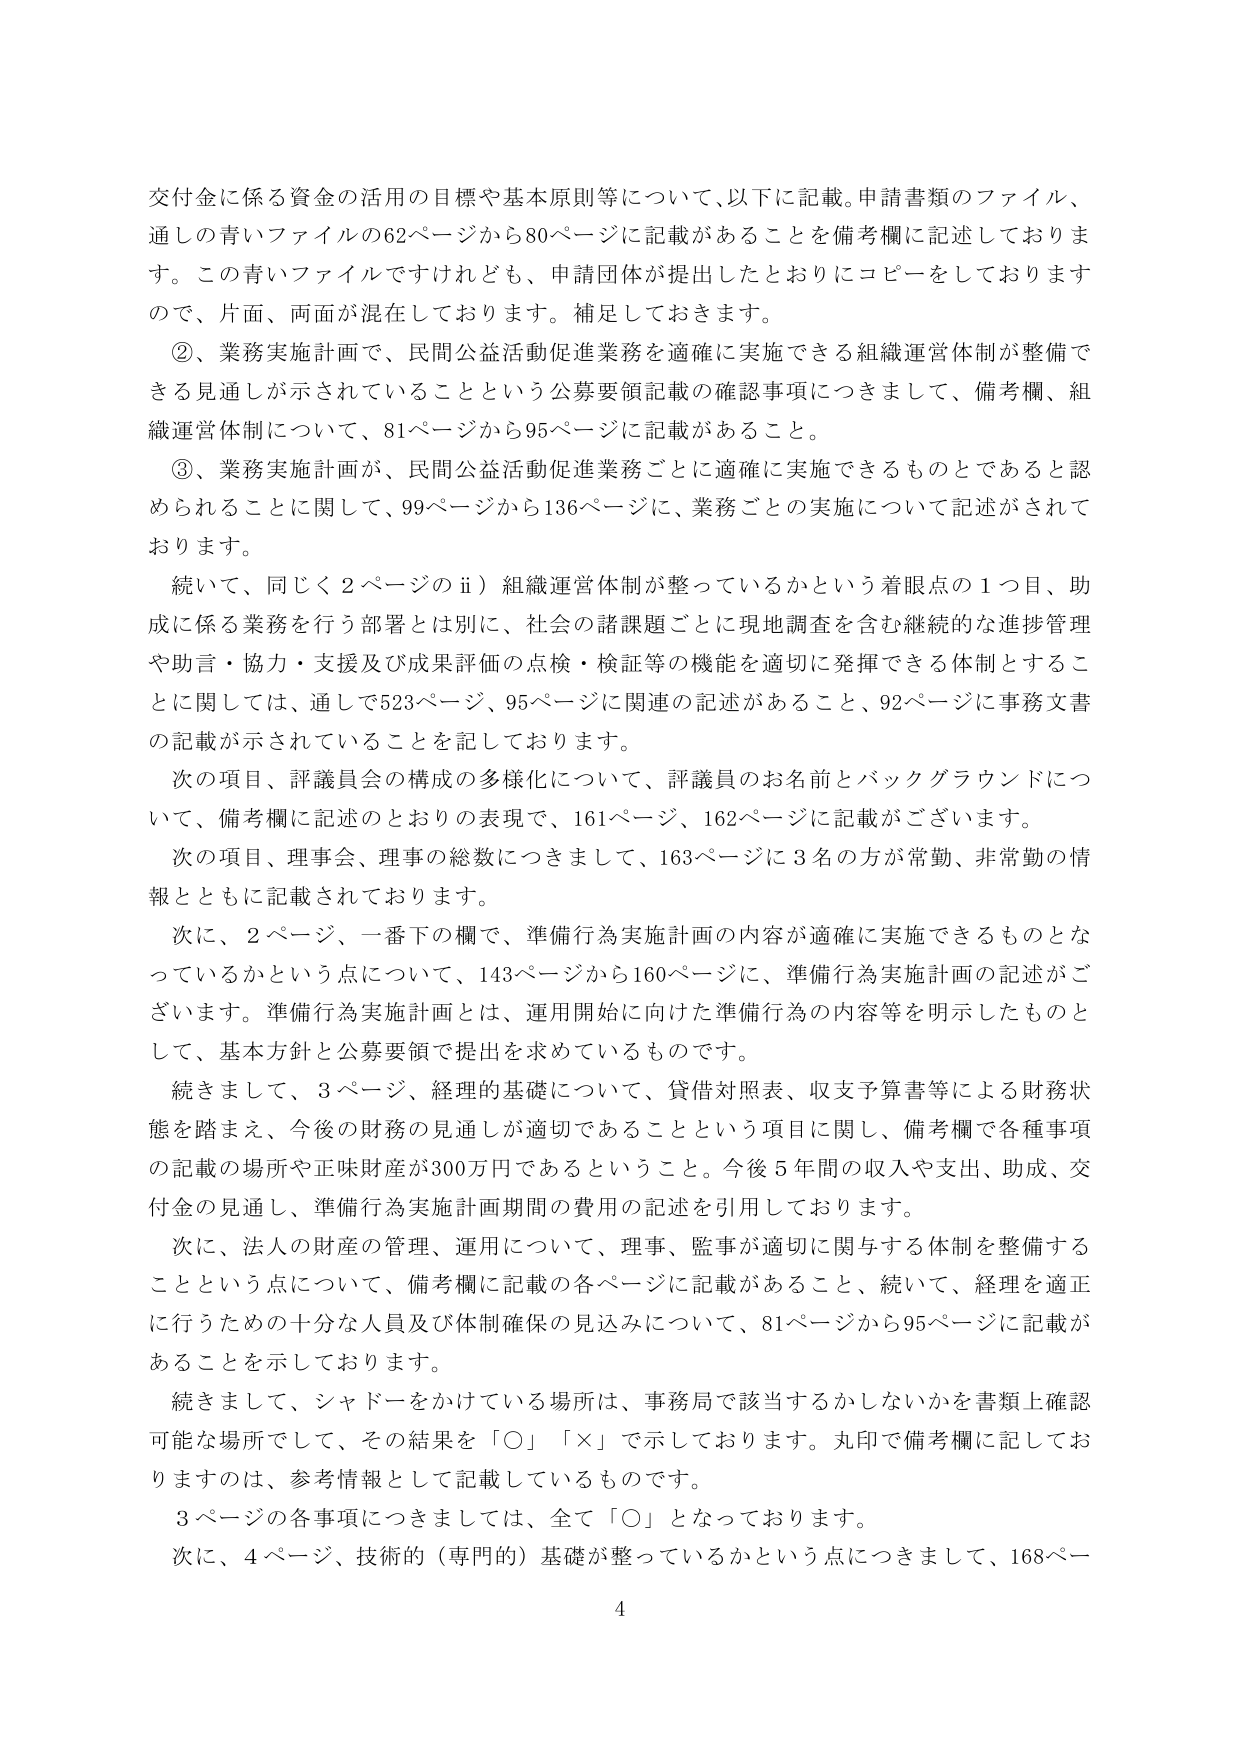
交付金に係る資金の活用の目標や基本原則等について、以下に記載。申請書類のファイル、通しの青いファイルの62ページから80ページに記載があることを備考欄に記述しております。この青いファイルですけれども、申請団体が提出したとおりにコピーをしておりますので、片面、両面が混在しております。補足しておきます。

②、業務実施計画で、民間公益活動促進業務を適確に実施できる組織運営体制が整備できる見通しが示されていることという公募要領記載の確認事項につきまして、備考欄、組織運営体制について、81ページから95ページに記載があること。

③、業務実施計画が、民間公益活動促進業務ごとに適確に実施できるものであると認められることに関して、99ページから136ページに、業務ごとの実施について記述がされております。

続いて、同じく2ページのⅱ）組織運営体制が整っているかという着眼点の1つ目、助成に係る業務を行う部署とは別に、社会の諸課題ごとに現地調査を含む継続的な進捗管理や助言・協力・支援及び成果評価の点検・検証等の機能を適切に発揮できる体制とすることに関しては、通しで523ページ、95ページに関連の記述があること、92ページに事務文書の記載が示されていることを記しております。

次の項目、評議員会の構成の多様化について、評議員のお名前とバックグラウンドについて、備考欄に記述のとおりの表現で、161ページ、162ページに記載がございます。

次の項目、理事会、理事の総数につきまして、163ページに3名の方が常勤、非常勤の情報とともに記載されております。

次に、2ページ、一番下の欄で、準備行為実施計画の内容が適確に実施できるものとなっているかという点について、143ページから160ページに、準備行為実施計画の記述がございます。準備行為実施計画とは、運用開始に向けた準備行為の内容等を明示したものとして、基本方針と公募要領で提出を求めているものです。

続きまして、3ページ、経理的基礎について、貸借対照表、収支予算書等による財務状態を踏まえ、今後の財務の見通しが適切であることという項目に関し、備考欄で各種事項の記載の場所や正味財産が300万円であるということ。今後5年間の収入や支出、助成、交付金の見通し、準備行為実施計画期間の費用の記述を引用しております。

次に、法人の財産の管理、運用について、理事、監事が適切に関与する体制を整備することという点について、備考欄に記載の各ページに記載があること、続いて、経理を適正に行うための十分な人員及び体制確保の見込みについて、81ページから95ページに記載があることを示しております。

続きまして、シャドーをかけている場所は、事務局で該当するかしないかを書類上確認可能な場所として、その結果を「○」「×」で示しております。丸印で備考欄に記しておるものは、参考情報として記載しているものです。

3ページの各事項につきましては、全て「○」となっております。

次に、4ページ、技術的（専門的）基礎が整っているかという点につきまして、168ページ

4